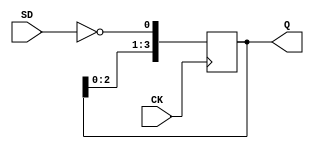
// Fujitsu AV cell
// 4-bit Serial-in Parallel-out Shift Register
// furrtek 2022

`timescale 1ns/100ps

module FS1(
	input CK,
	input SD,
	output reg [3:0] Q
);

	always @(negedge CK)
		Q <= #1 {Q[2:0], ~SD};	// tmax = 7.9ns

endmodule